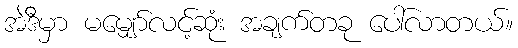
အဲဒီမှာ မမျှော်လင့်ဆုံး အချက်တခု ပေါ်လာတယ်။